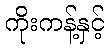
ကိုးကန့်နှင့်